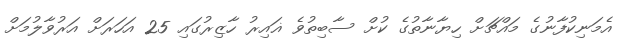
އެމަނިކުފާނުގެ މައްޗަށް ހިޔާނާތުގެ ކުށް ސާބިތުވެ ޣައިރު ހާޒިރުގައި 25 އަހަރަށް އަރުވާލުމަށް